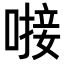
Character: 𪡸